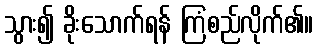
သွား၍ ခိုးသောက်ရန် ကြံစည်လိုက်၏။